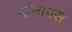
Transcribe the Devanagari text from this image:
मानापस